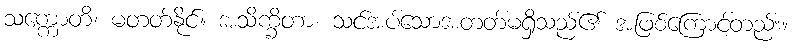
သက္ကောတိ၊ မတတ်နိုင်။ အသိက္ခိတာ၊ သင်အပ်သောအတတ်မရှိသည်၏ အဖြစ်ကြောင့်တည်း။